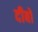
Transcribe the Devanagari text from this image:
दीबो